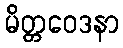
မိတ္တဝေဒနာ